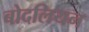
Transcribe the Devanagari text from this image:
बोदलियन